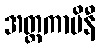
အတ္ထကာမိနီ